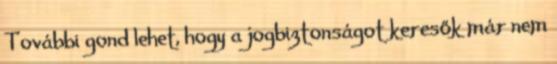
További gond lehet, hogy a jogbiztonságot keresők már nem